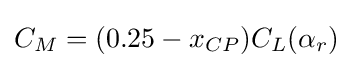
C_{M}=(0.25-x_{CP})C_{L}(\alpha _{r})